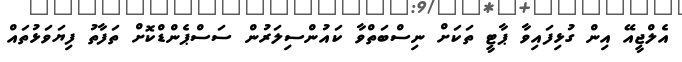
އެލްޖީއޭ އިން ގުޅިފައިވާ ޕާޓީ ތަކަށް ނިސްބަތްވާ ކައުންސިލަރުން ސަސްޕެންޑްކޮށް ތަފާތު ފިޔަވަޅުތައް